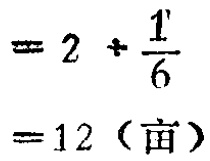
\(= 2+\frac{1}{6}\)

\(=12（亩）\)